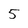
Character: 5